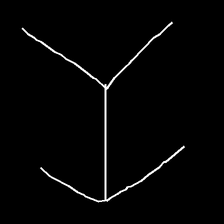
Glyph: gather